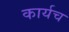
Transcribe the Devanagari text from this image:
कार्यच